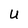
Character: U